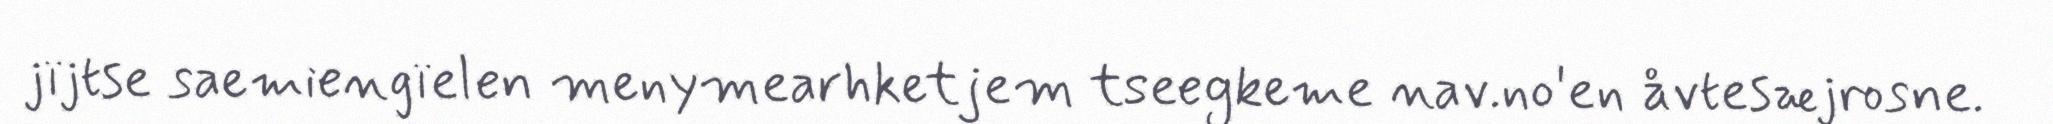
jïjtse saemiengïelen menymearhketjem tseegkeme nav.no'en åvtesæjrosne.